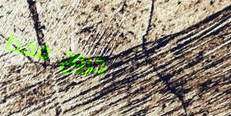
خروج فقط